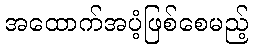
အထောက်အပံ့ဖြစ်စေမည့်